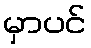
မှာပင်